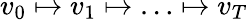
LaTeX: v_{0}\mapsto v_{1}\mapsto\ldots\mapsto v_{T}